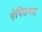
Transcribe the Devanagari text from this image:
ऐक्सियल